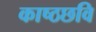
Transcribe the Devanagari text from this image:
काष्ठछवि